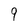
Character: 9